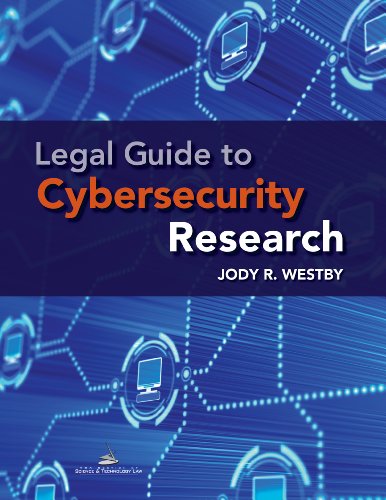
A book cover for Legal Guide to Cybersecurity Research; Jody R. Westby; Computers & Technology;